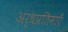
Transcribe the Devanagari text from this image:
अर्धप्रतिमाएँ